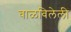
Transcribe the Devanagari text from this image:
वाळविलेली